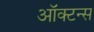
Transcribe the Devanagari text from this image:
ऑक्टन्स